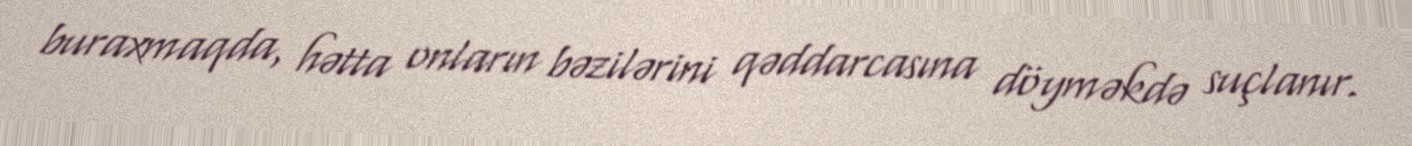
buraxmaqda, hətta onların bəzilərini qəddarcasına döyməkdə suçlanır.